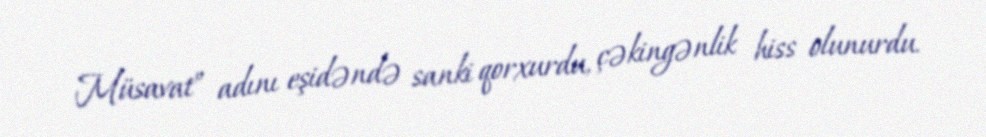
Müsavat” adını eşidəndə sanki qorxurdu, çəkingənlik hiss olunurdu.